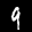
Label: 9